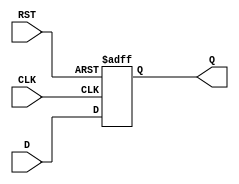
module IntermediateRegister #(
    parameter WIDTH = 8  // Parameterized width of the register
)(
    input  wire [WIDTH-1:0] D,    // Data input
    input  wire CLK,                // Clock input
    input  wire RST,                // Asynchronous reset
    output reg  [WIDTH-1:0] Q       // Data output
);

    // Always block for the register functionality
    always @(posedge CLK or posedge RST) begin
        if (RST) begin
            Q <= {WIDTH{1'b0}}; // Asynchronous reset to 0
        end else begin
            Q <= D; // Capture data on clock edge
        end
    end

endmodule